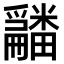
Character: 𤳿